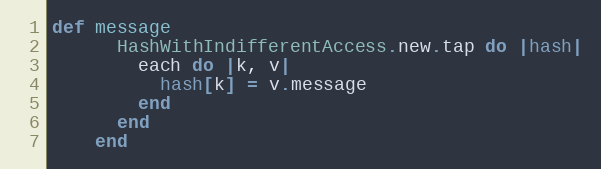
Language: Ruby
def message
      HashWithIndifferentAccess.new.tap do |hash|
        each do |k, v|
          hash[k] = v.message
        end
      end
    end